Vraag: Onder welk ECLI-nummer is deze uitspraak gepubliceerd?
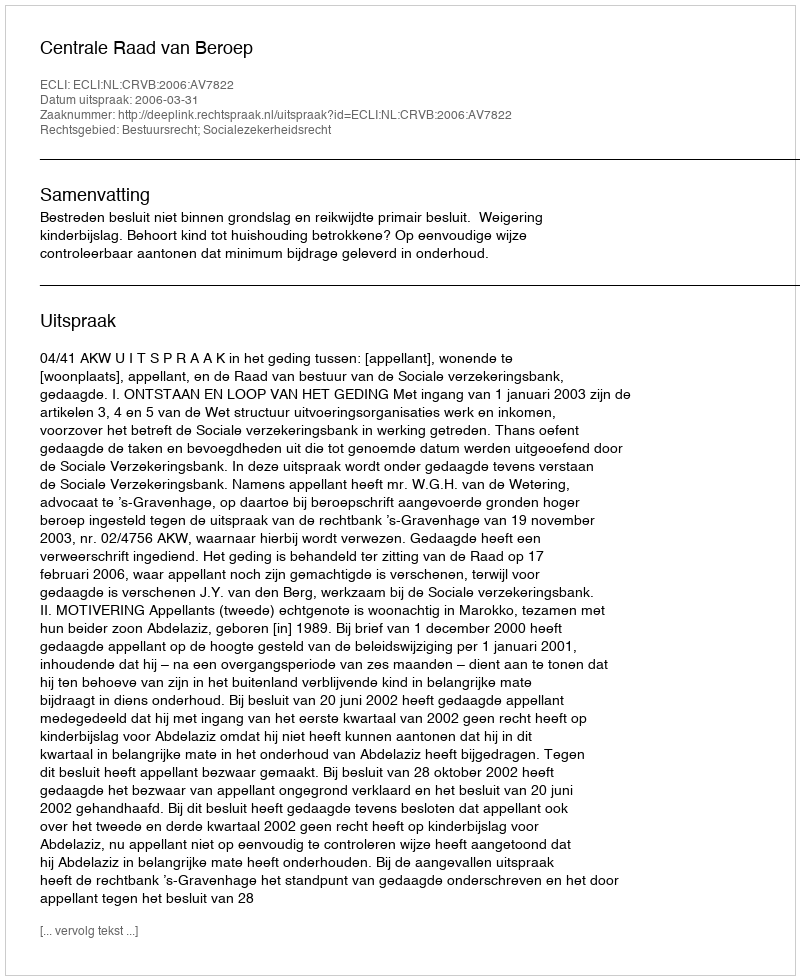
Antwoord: ECLI:NL:CRVB:2006:AV7822